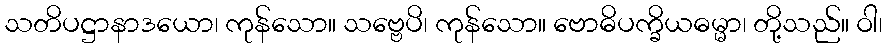
သတိပဋ္ဌာနာဒယော၊ ကုန်သော။ သဗ္ဗေပိ၊ ကုန်သော။ ဗောဓိပက္ခိယဓမ္မာ၊ တို့သည်။ ဝါ၊